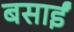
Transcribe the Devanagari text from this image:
बसाईं